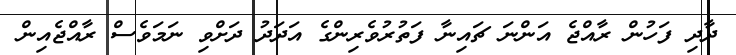
ދާދި ފަހުން ރާއްޖެ އަންނަ ޗައިނާ ފަތުރުވެރިންގެ އަދަދު ދަށްވި ނަމަވެސް ރާއްޖެއިން